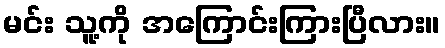
မင်း သူ့ကို အကြောင်းကြားပြီလား။